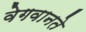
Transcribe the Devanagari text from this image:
वेगवानते